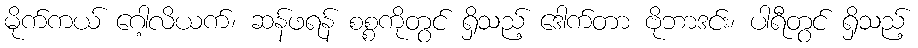
မိုက်ကယ် ဂေါ့လိယက်၊ ဆန်ဖရန် စစ္စကိုတွင် ရှိသည့် ဒေါက်တာ ဗိုဘာဒင်း၊ ပါရီတွင် ရှိသည့်